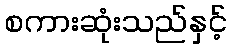
စကားဆုံးသည်နှင့်